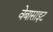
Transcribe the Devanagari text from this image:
वेबासाइट